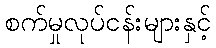
စက်မှုလုပ်ငန်းများနှင့်